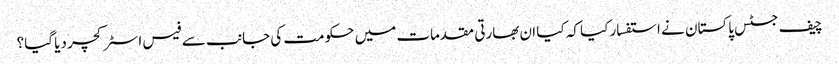
چیف جسٹس پاکستان نے استفسار کیا کہ کیا ان بھارتی مقدمات میں حکومت کی جانب سے فیس اسٹرکچر دیا گیا؟